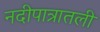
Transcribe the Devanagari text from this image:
नदीपात्रातली